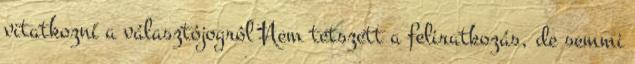
vitatkozni a választójogról Nem tetszett a feliratkozás, de semmi